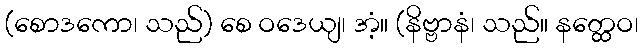
(စောဒကော၊ သည်) စေ ဝဒေယျ၊ အံ့။ (နိဗ္ဗာနံ၊ သည်။ နတ္ထေဝ၊